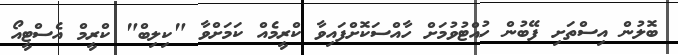
ބޮލުން އިސްތަށި ފޭބުން ހުއްޓުވުމަށް ހާއްސަކޮށްފައިވާ ކްރީމެއް ކަމަށްވާ "ކިލިބް" ކްރީމް އެސްޓީއޯ